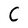
Character: C